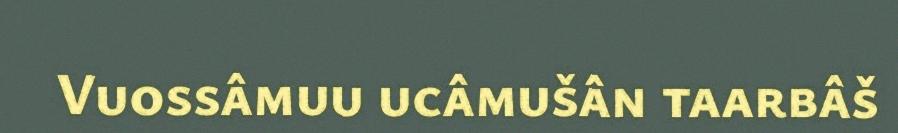
Vuossâmuu ucâmušân taarbâš